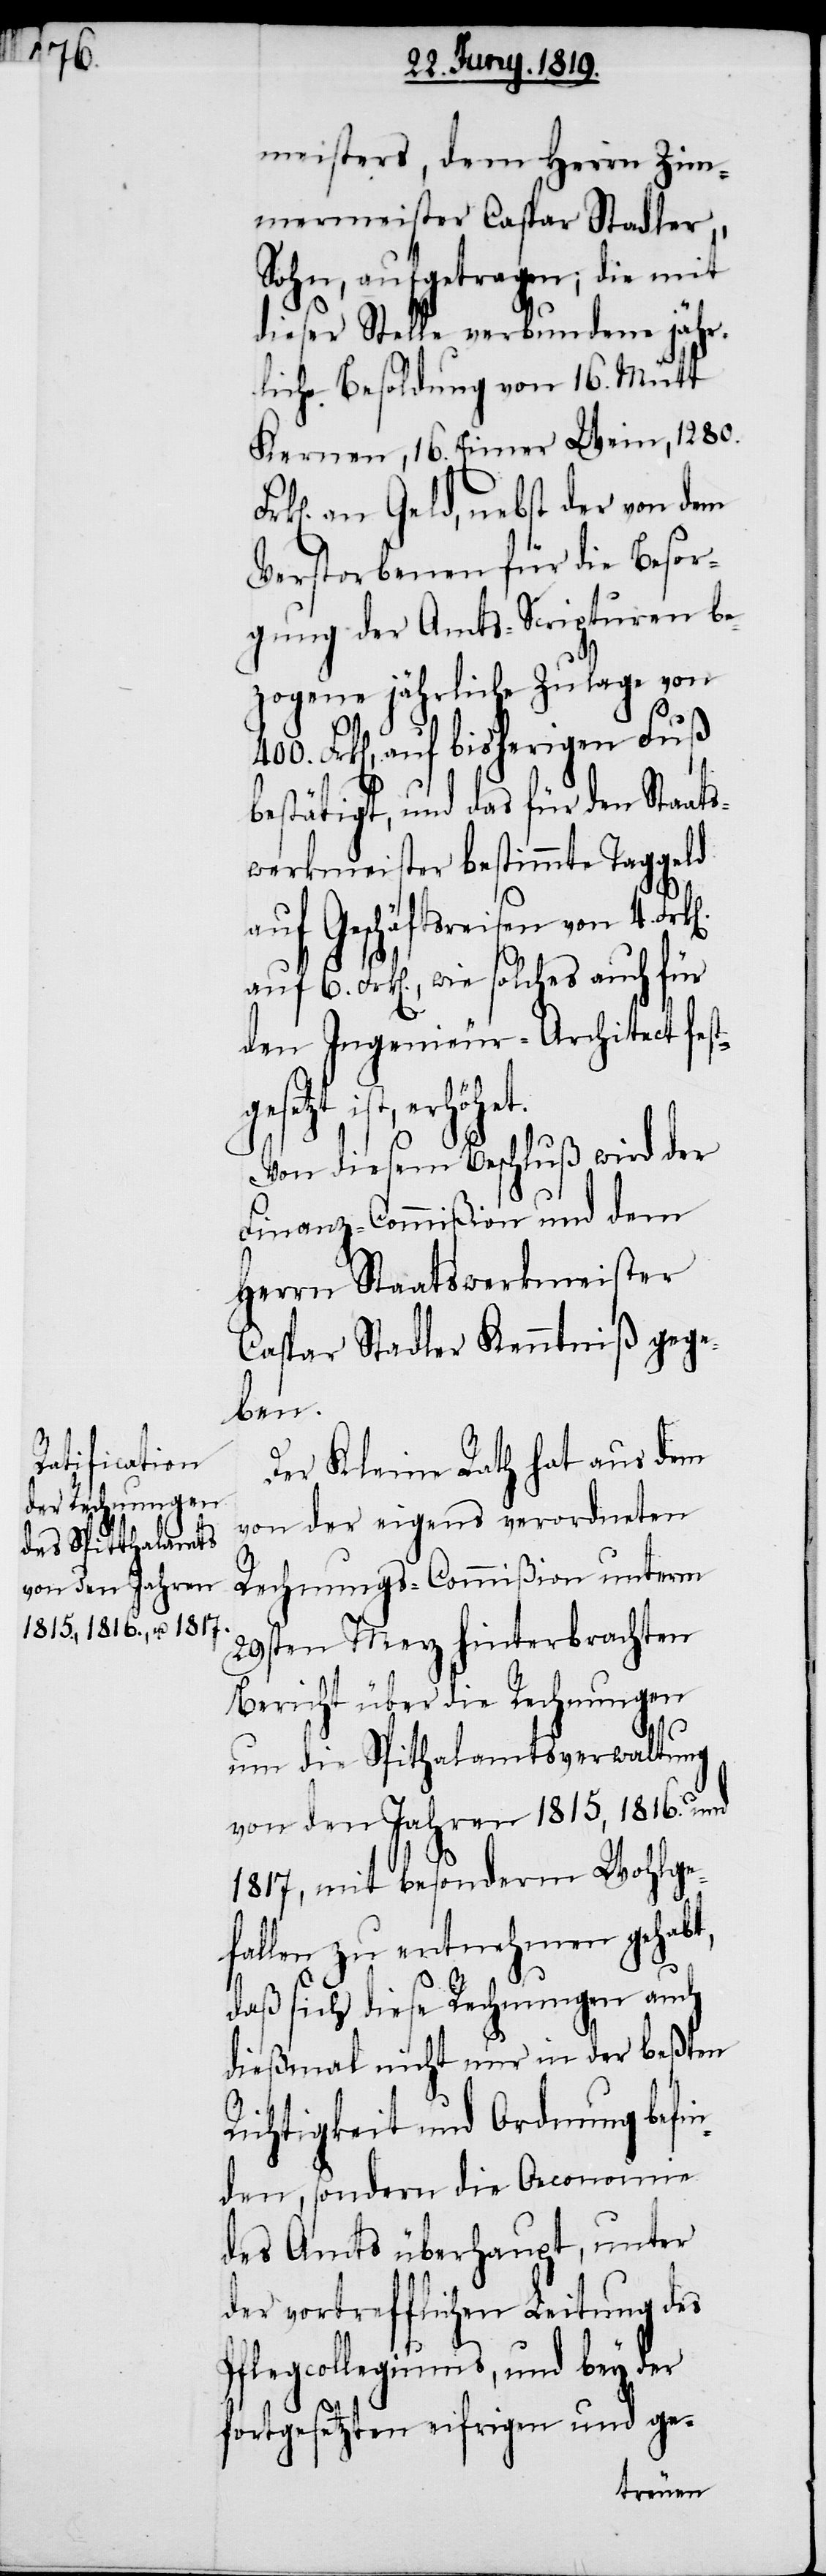
auf 6.

meisters, dem Herrn Zim¬
mermeister Capar Stadler,
Sohn, aufgetragen; die mit
dieser Stelle verbundene jähr¬
liche Besoldung von 16. Mütt
Kernen, 16. Eimer Wein, 1280.
an Geld, nebst der von dem
Verstorbenen für die Besor¬
gung der Amts-Scripturen be¬
zogene jährliche Zulage von
Frk[en]., auf bisherigen Fuß
bestätigt, und das für den Staats¬
werkmeister bestimmte Taggeld
auf Geschäftsreisen von 4.
Frk[en]., wie solches auch für
den Ingenieur-Architect f¬
ist, erhöhet.
Von diesem Beschluß wird der
Finanz-Commißion und dem
Herrn Staatswerkmeister
Caspar Stadler Kenntniß gege¬
ben.
Der Kleine Rath hat aus dem
von der eigens verordneten
Rechnungs-Commißion unterm
29sten Merz hinterbrachten
Bericht über die Rechnungen
um die Spithalamtsverwaltung
von den Jahren 1815, 1816. und
1817, mit besonderm Wohlge¬
fallen zu entnehmen gehabt,
daß sich diese Rechnungen auch
dießmal nicht nur in der beßten
Richtigkeit und Ordnung befin¬
den, sondern die Oeconomie
des Amts überhaupt, unter
der vortrefflichen Leitung des
Pflegcollegiums, und bey der
fortgesetzten eifrigen und ge-